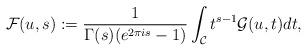
LaTeX: \begin{align*}\mathcal{F}(u,s):=\frac{1}{\Gamma(s)(e^{2\pi i s}-1)}\int_\mathcal{C} t^{s-1}\mathcal{G}(u,t)dt, \end{align*}